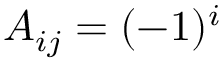
A _ { i j } = ( - 1 ) ^ { i }